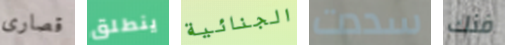
قصارى ينطلق الجنائية سددت فنك